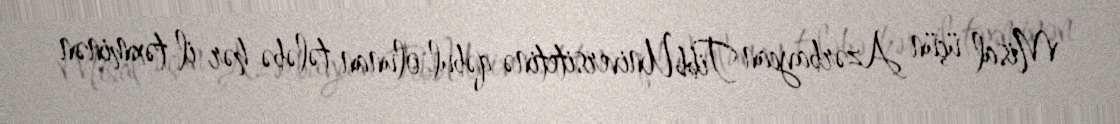
Misal üçün Azərbaycan Tibb Universitetinə qəbul olunan tələbə hər il təxminən